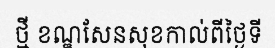
ថ្មី ខណ្ឌសែនសុខកាល់ពីថ្ងៃទី